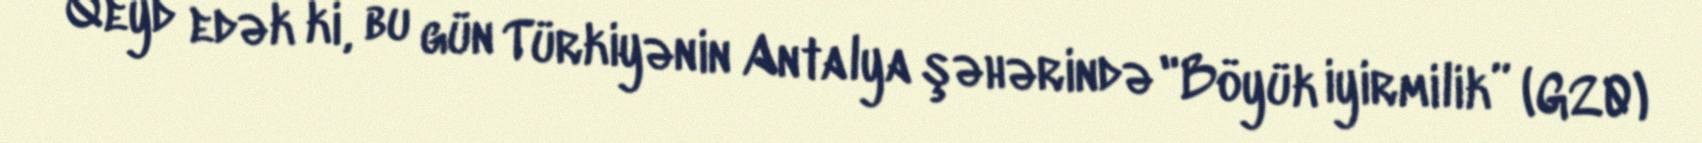
Qeyd edək ki, bu gün Türkiyənin Antalya şəhərində "Böyük iyirmilik” (G20)